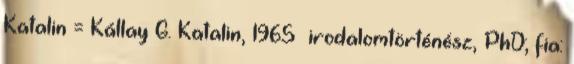
Katalin = Kállay G. Katalin, 1965– irodalomtörténész, PhD; fia: